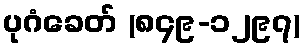
ပုဂံခေတ် (၈၄၉-၁၂၉၇)